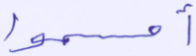
أقسموا